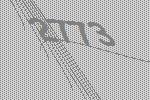
2773